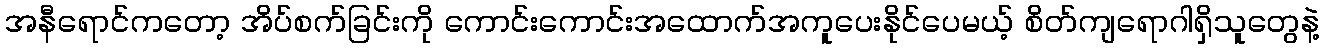
အနီရောင်ကတော့ အိပ်စက်ခြင်းကို ကောင်းကောင်းအထောက်အကူပေးနိုင်ပေမယ့် စိတ်ကျရောဂါရှိသူတွေနဲ့